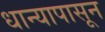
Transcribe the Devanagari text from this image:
धान्यापासून